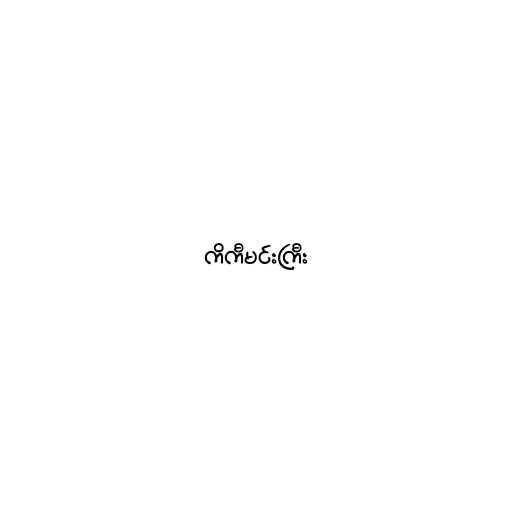
ကိကီမင်းကြီး